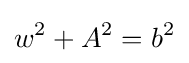
w^{2}+A^{2}=b^{2}